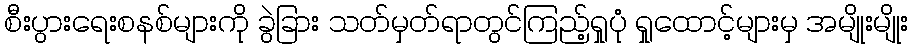
စီးပွားရေးစနစ်များကို ခွဲခြား သတ်မှတ်ရာတွင်ကြည့်ရှုပုံ ရှုထောင့်များမှ အမျိုးမျိုး